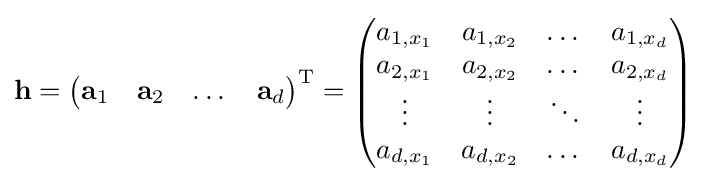
\mathbf {h} ={\begin{pmatrix}\mathbf {a} _{1}&\mathbf {a} _{2}&\dots &\mathbf {a} _{d}\end{pmatrix}}^{\operatorname {T} }={\begin{pmatrix}a_{1,x_{1}}&a_{1,x_{2}}&\dots &a_{1,x_{d}}\\a_{2,x_{1}}&a_{2,x_{2}}&\dots &a_{2,x_{d}}\\\vdots &\vdots &\ddots &\vdots \\a_{d,x_{1}}&a_{d,x_{2}}&\dots &a_{d,x_{d}}\end{pmatrix}}